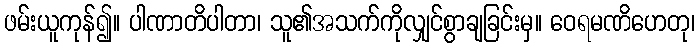
ဖမ်းယူကုန်၍။ ပါဏာတိပါတာ၊ သူ၏အသက်ကိုလျှင်စွာချခြင်းမှ။ ဝေရမဏိဟေတု၊